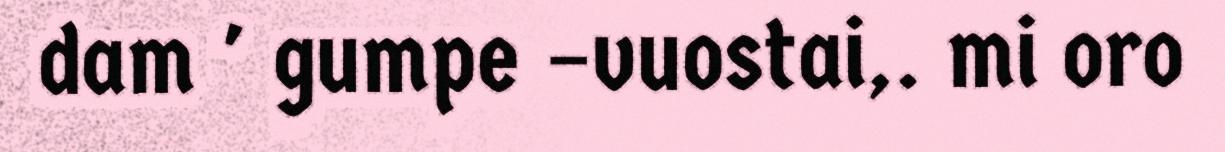
dam ' gumpe –vuostai,. mi oro